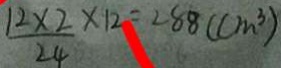
\frac { 1 2 \times 2 } { 2 4 } \times 1 2 = 2 8 8 ( c m ^ { 3 } )